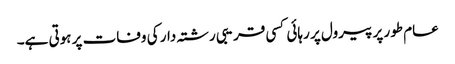
عام طور پر پیرول پر رہائی کسی قریبی رشتہ دار کی وفات پر ہوتی ہے۔